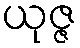
ယုဇ္ဇ